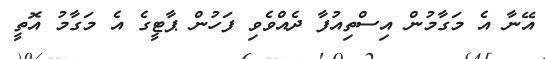
އޭނާ އެ މަގާމުން އިސްތިއުފާ ދެއްވެވި ފަހުން ޕާޓީގެ އެ މަގާމު އޮތީ